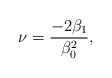
\begin{align*}\nu =\frac{- 2 \beta_{1}}{\beta_{0}^{2}},\end{align*}